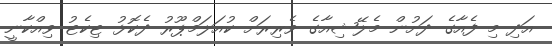
އަދި މި ފެއާގެ ދަށުން މެލޭޝިއާގެ ވެރިރަށް ކުއަލަމްޕޫރު ދެކޮޅު ޓިކެޓު ވިއްކާނީ